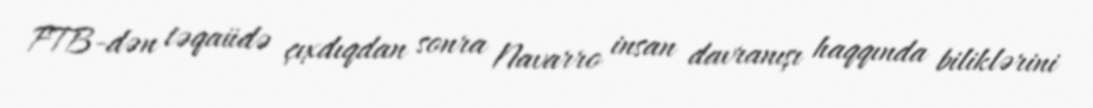
FTB-dən təqaüdə çıxdıqdan sonra Navarro insan davranışı haqqında biliklərini